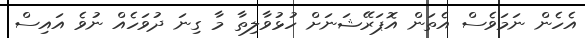
އެހެން ނަމަވެސް އެތަން އޮޕަރޭޝަނަށް ހުޅުވާލިތާ މާ ގިނަ ދުވަހެއް ނުވެ އައިސް